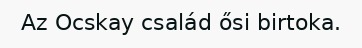
Az Ocskay család ősi birtoka.